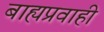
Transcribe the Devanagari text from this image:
बाह्यप्रवाही